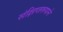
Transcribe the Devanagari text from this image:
संक्षिप्तरूपाने